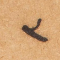
٢